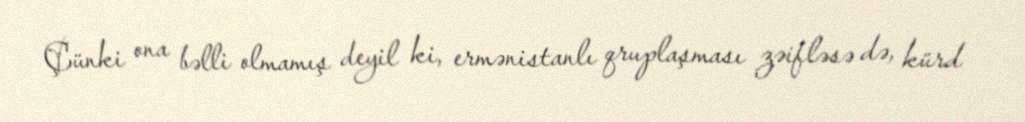
Çünki ona bəlli olmamış deyil ki, ermənistanlı qruplaşması zəifləsə də, kürd